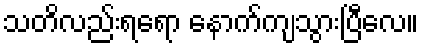
သတိလည်းရရော နောက်ကျသွားပြီလေ။